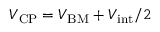
V _ { \mathrm { C P } } = V _ { \mathrm { B M } } + V _ { \mathrm { i n t } } / 2